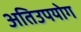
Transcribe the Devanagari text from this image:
अतिउपयोग